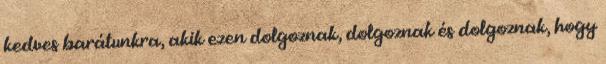
kedves barátunkra, akik ezen dolgoznak, dolgoznak és dolgoznak, hogy